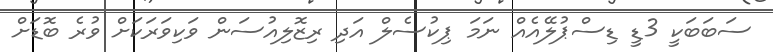
ސަބަބަކީ 3ޑީ ޑިސްޕުލޭއެއް ނަމަ ޕިކުސެލް އަދި ރިޒޮލިއުސަން ވަކިވަރަކަށް ވުރެ ބޮޑަށް